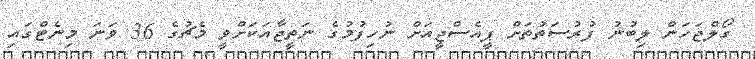
ގޯލްޖަހަން ލިބުނު ފުރުސަތުތަށް ޕީއެސްޖީއަށް ނުހިފުމުގެ ނަތީޖާއަކަށްވީ މެޗުގެ 36 ވަނަ މިނެޓްގައި